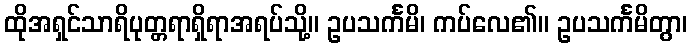
ထိုအရှင်သာရိပုတ္တရာရှိရာအရပ်သို့။ ဥပသင်္ကမိ၊ ကပ်လေ၏။ ဥပသင်္ကမိတွာ၊